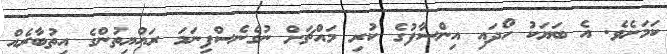
ކަމަށެވެ. އެ ބަޔަކު ހޯދައި އިންސާފުގެ ކުރި މައްޗަށް ނުގެނެސްފިނަމަ ރައްޔިތުންގެ އިތުބާރެއް